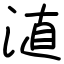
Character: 淔